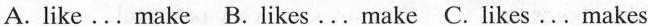
A.like...make B.likes...make C.likes...makes